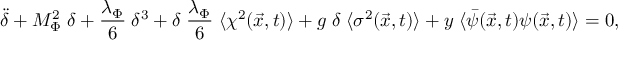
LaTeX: \ddot { \delta } + M _ { \Phi } ^ { 2 } \; \delta + \frac { \lambda _ { \Phi } } { 6 } \; \delta ^ { 3 } + \delta \; \frac { \lambda _ { \Phi } } { 6 } \; \langle \chi ^ { 2 } ( \vec { x } , t ) \rangle + g \; \delta \; \langle \sigma ^ { 2 } ( \vec { x } , t ) \rangle + y \; \langle { \bar { \psi } } ( \vec { x } , t ) \psi ( \vec { x } , t ) \rangle = 0 ,